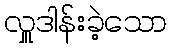
လှူဒါန်းခဲ့သော